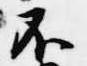
不